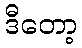
ဒီတော့